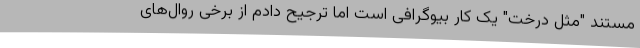
مستند "مثل درخت" یک کار بیوگرافی است اما ترجیح دادم از برخی روال‌های